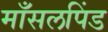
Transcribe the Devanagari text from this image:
माँसलपिंड